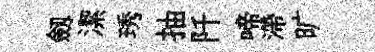
劔潔琇抽阡啼滯旷